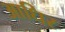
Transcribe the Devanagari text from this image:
आधिर